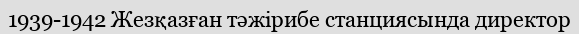
1939-1942 Жезқазған тәжірибе станциясында директор